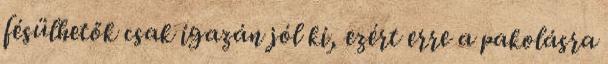
fésülhetők csak igazán jól ki, ezért erre a pakolásra